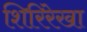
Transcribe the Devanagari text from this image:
शिरिरेखा